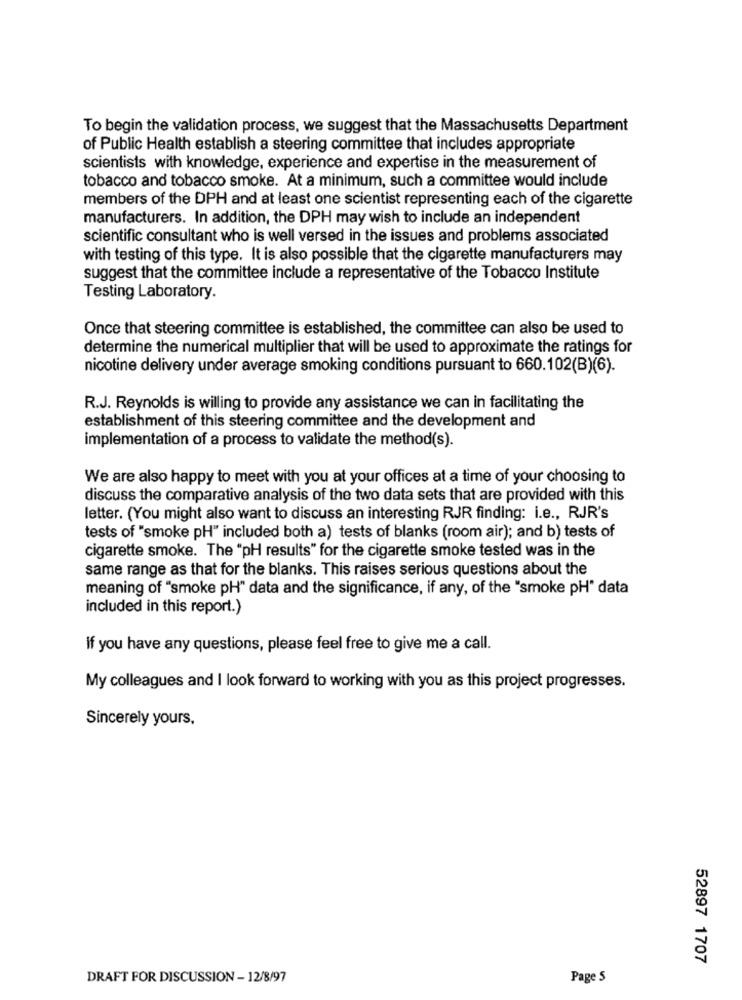
To begin the validation process, we suggest that the Massachusetts Department
of Public Health establish a steering committee that includes appropriate
scientists with knowledge, experience and expertise in the measurement of
tobacco and tobacco smoke. At a minimum, such a committee would include
members of the DPH and at least one scientist representing each of the cigarette
manufacturers. In addition, the DPH may wish to include an independent
scientific consultant who is well versed in the issues and problems associated
with testing of this type. It is also possible that the cigarette manufacturers may
suggest that the committee include a representative of the Tobacco Institute
Testing Laboratory.
Once that steering committee is established, the committee can also be used to
determine the numerical multiplier that will be used to approximate the ratings for
nicotine delivery under average smoking conditions pursuant to 660.102(B)(6).
R.J. Reynolds is willing to provide any assistance we can in facilitating the
establishment of this steering committee and the development and
implementation of a process to validate the method(s).
We are also happy to meet with you at your offices at a time of your choosing to
discuss the comparative analysis of the two data sets that are provided with this
letter. (You might also want to discuss an interesting RJR finding: i.e ., RJR's
tests of "smoke pH" included both a) tests of blanks (room air); and b) tests of
cigarette smoke. The "pH results" for the cigarette smoke tested was in the
same range as that for the blanks. This raises serious questions about the
meaning of "smoke pH" data and the significance, if any, of the "smoke pH" data
included in this report.)
If you have any questions, please feel free to give me a call.
My colleagues and I look forward to working with you as this project progresses.
Sincerely yours.
52897 1707
DRAFT FOR DISCUSSION - 12/8/97
Page 5